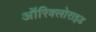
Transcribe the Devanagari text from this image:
ऑरिक्लोराइड